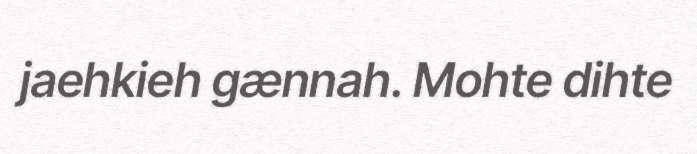
jaehkieh gænnah. Mohte dihte